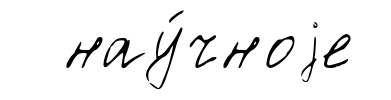
нау́чноjе